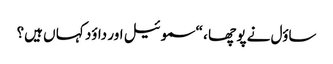
ساؤل نے پو چھا ، “سموئیل اور داؤد کہا ں ہیں؟